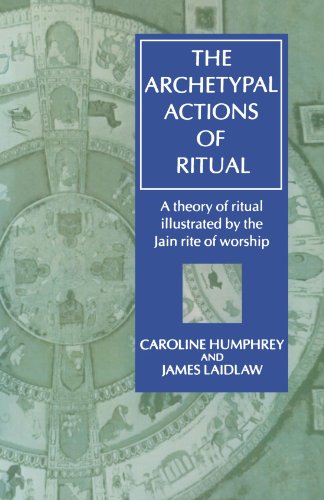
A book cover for The Archetypal Actions of Ritual: A Theory of Ritual Illustrated by the Jain Rite of Worship (Oxford Studies in Social and Cultural Anthropology); Caroline Humphrey; Religion & Spirituality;